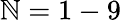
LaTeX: \mathbb{N}=1-9